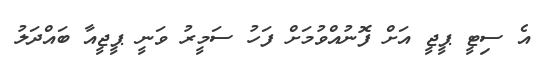
އެ ސިޓީ ޕީޖީ އަށް ފޮނުއްވުމަށް ފަހު ސަމީރު ވަނީ ޕީޖީއާ ބައްދަލު